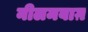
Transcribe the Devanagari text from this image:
नीलमबाग़